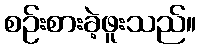
စဉ်းစားခဲ့ဖူးသည်။